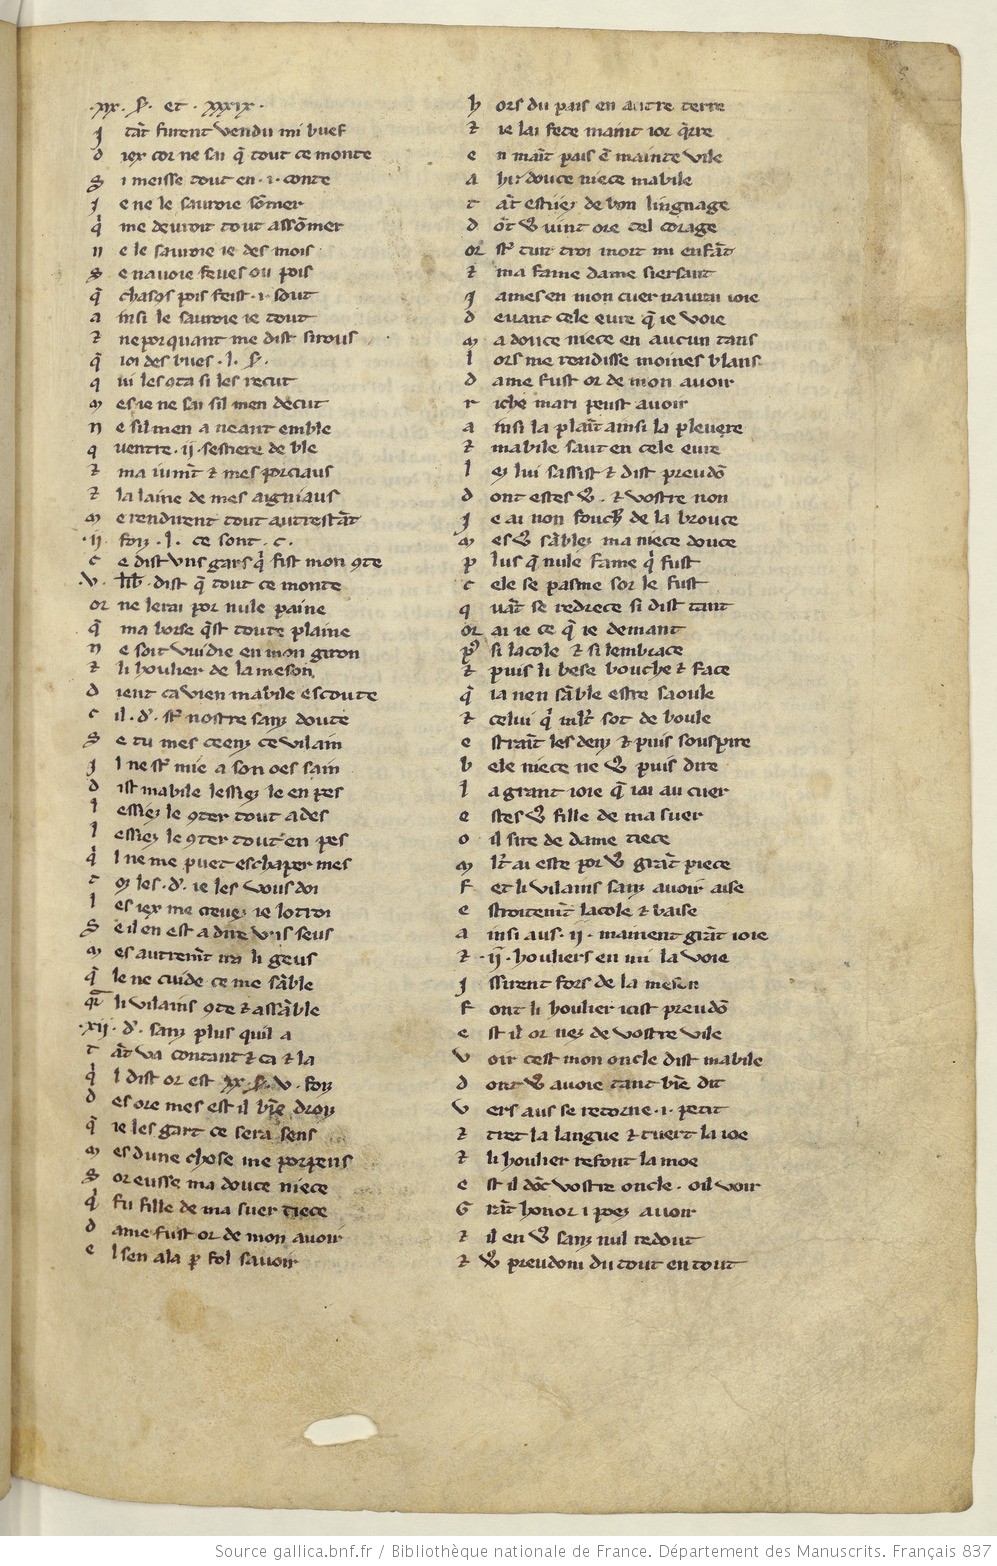
Shelfmark: Paris, BnF, fr. 837
Century: 13